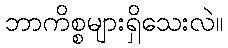
ဘာကိစ္စများရှိသေးလဲ။